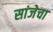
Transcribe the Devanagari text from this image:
सांजेचा